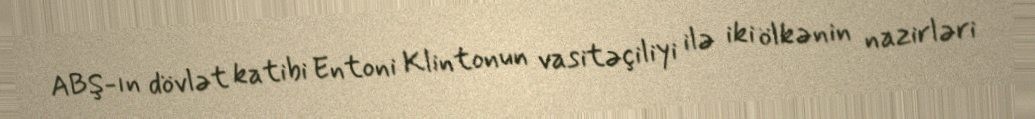
ABŞ-ın dövlət katibi Entoni Klintonun vasitəçiliyi ilə iki ölkənin nazirləri